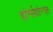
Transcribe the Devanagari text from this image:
होर्न्सवोग्गल